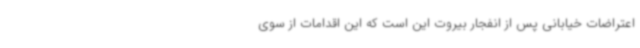
اعتراضات خیابانی پس از انفجار بیروت این است که این اقدامات از سوی